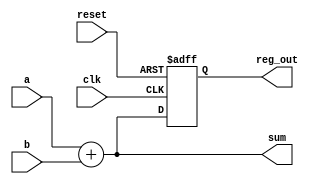
module example_logic (
    input wire clk,          // Clock input
    input wire reset,        // Asynchronous reset
    input wire [3:0] a,      // 4-bit input
    input wire [3:0] b,      // 4-bit input
    output reg [3:0] sum,     // 4-bit output for sum
    output reg [3:0] reg_out  // 4-bit output for registered value
);

// Combinational Logic: Calculate sum of a and b
always @* begin
    sum = a + b; // Sum is calculated based on current values of a and b
end

// Sequential Logic: Register output on rising edge of clock
always @(posedge clk or posedge reset) begin
    if (reset) begin
        reg_out <= 4'b0000; // Asynchronous reset
    end else begin
        reg_out <= sum;     // Register the sum value on clock edge
    end
end

endmodule